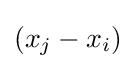
(x_{j}-x_{i})